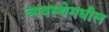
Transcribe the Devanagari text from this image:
व्यवस्थेमधील